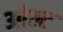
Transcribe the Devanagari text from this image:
ओल्ट